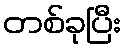
တစ်ခုပြီး